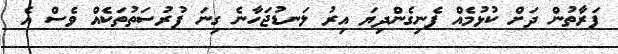
ފަރާތުން ދަށް ކުޅުމެއް ފެނިގެންދިޔަ އިރު ލަނޑުޖަހާނެ ގިނަ ފުރުސަތުތަކެއް ވެސް އެ